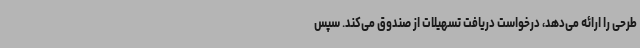
طرحی را ارائه می‌دهد، درخواست دریافت تسهیلات از صندوق می‌کند. سپس